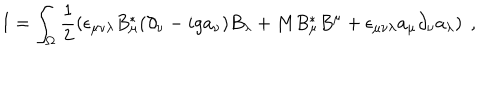
I = \int _ { \Omega } \frac { 1 } { 2 } \left( \epsilon _ { \mu \nu \lambda } B _ { \mu } ^ { * } ( \partial _ { \nu } - i g a _ { \nu } ) B _ { \lambda } + M B _ { \mu } ^ { * } B ^ { \mu } + \epsilon _ { \mu \nu \lambda } a _ { \mu } \partial _ { \nu } a _ { \lambda } \right) \; ,